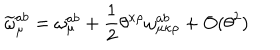
\widetilde { \omega } _ { \mu } ^ { a b } = \omega _ { \mu } ^ { a b } + \frac { 1 } { 2 } \theta ^ { \kappa \rho } \omega _ { \mu \kappa \rho } ^ { a b } + O ( \theta ^ { 2 } )